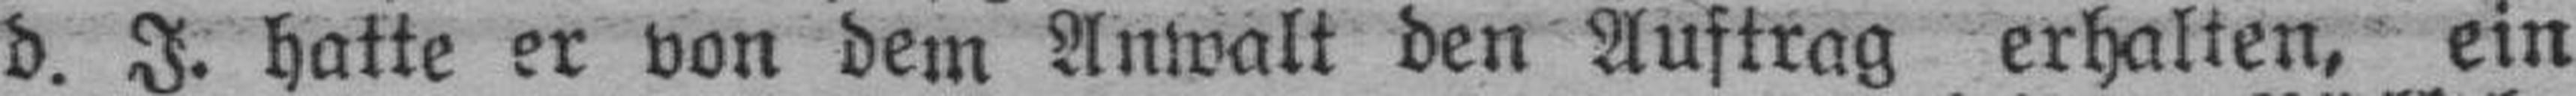
d. J. hatte er von dem Anwalt den Auftrag erhalten, ein